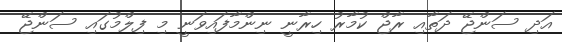
އަދި ސަންޖޭ ދަތާއި ރާޖް ކުމާރު ހިރާނީ ނިންމާފައިވަނީ މި ފިލްމުގައި ސަންޖޭ